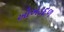
ખોખડદળ